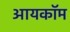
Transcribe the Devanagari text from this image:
आयकॉम